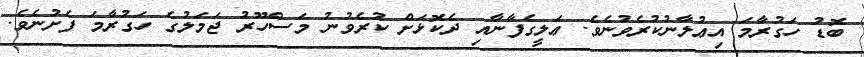
ބޮޑު ހަގުރާމަ އިޢުލާނުކުރެވުނެވެ. ޢަލީގެފާނާއި ދެކޮޅަށް ކުރެވުނު މަސްހޫރު ޖަމަލުގެ ހަގުރާމަ ފެށުނެވެ.